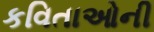
કવિતાઓની